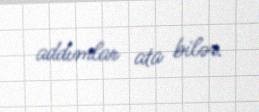
addımlar ata bilər.